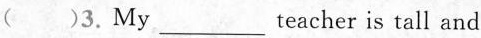
( )3.My___teacher is tall and